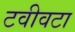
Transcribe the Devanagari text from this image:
टवीवटा